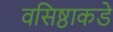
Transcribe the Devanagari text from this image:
वसिष्ठाकडे